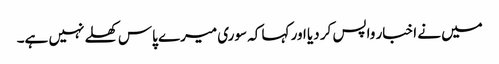
میں نے اخبار واپس کر دیا اور کہا کہ سوری میرے پاس کھلے نہیں ہے۔